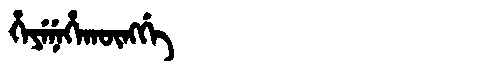
Manchu: ᡥᡝᠶᡝᠨᡝᡥᠠᡴᡡᠩᡤᡝ
Romanization: HEYENEHAKŪNGGE